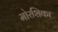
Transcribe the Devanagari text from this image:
मोरशिका